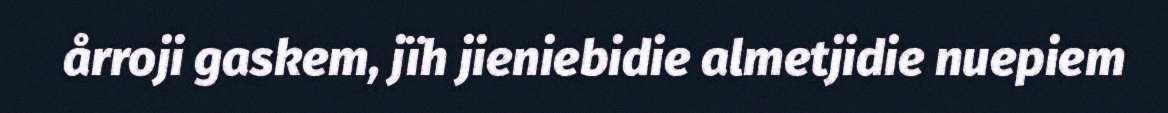
årroji gaskem, jïh jieniebidie almetjidie nuepiem